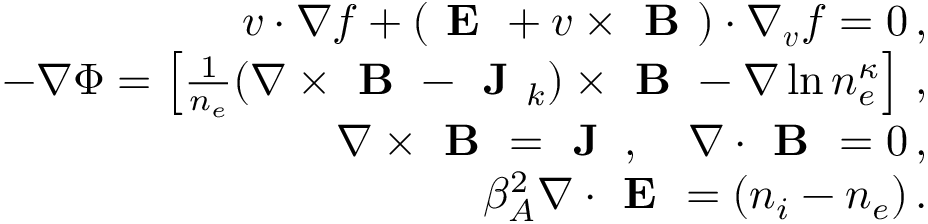
\begin{array} { r l r } & { } & { \boldsymbol { v } \cdot \nabla f + \left( \textbf { E } + \boldsymbol { v } \times \textbf { B } \right) \cdot \nabla _ { \boldsymbol { v } } f = 0 \, , } \\ & { } & { - \nabla \Phi = \left[ \frac { 1 } { n _ { e } } ( \nabla \times \textbf { B } - \textbf { J } _ { k } ) \times \textbf { B } - \nabla \ln n _ { e } ^ { \kappa } \right] \, , } \\ & { } & { \nabla \times \textbf { B } = \textbf { J } \, , \quad \nabla \cdot \textbf { B } = 0 \, , } \\ & { } & { \beta _ { A } ^ { 2 } \nabla \cdot \textbf { E } = ( n _ { i } - n _ { e } ) \, . } \end{array}